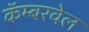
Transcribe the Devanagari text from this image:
कॅम्बरवेल